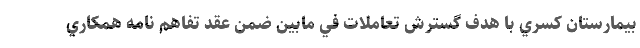
بيمارستان كسري با هدف گسترش تعاملات في مابين ضمن عقد تفاهم نامه همكاري